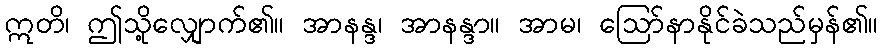
ဣတိ၊ ဤသို့လျှောက်၏။ အာနန္ဒ၊ အာနန္ဒာ။ အာမ၊ ဩော်နာနိုင်ခဲသည်မှန်၏။